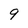
Character: 9